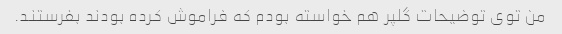
من توی توضیحات گلپر هم خواسته بودم که فراموش کرده بودند بفرستند.